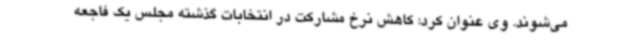
می‌شوند. وی عنوان کرد: کاهش نرخ مشارکت در انتخابات گذشته مجلس یک فاجعه